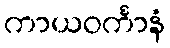
ကာယဝင်္ကာနံ